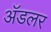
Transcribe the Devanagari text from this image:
अॅडलर